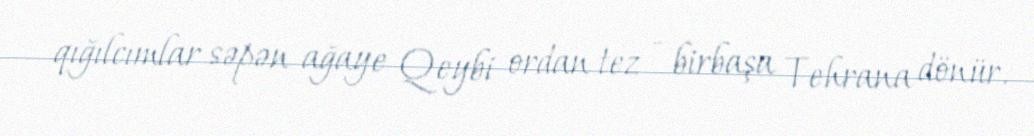
qığılcımlar səpən ağaye Qeybi ordan tez - birbaşa Tehrana dönür.